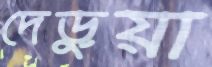
দেড়ুয়া